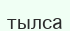
тылса